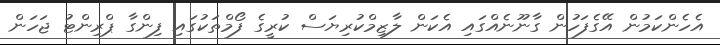
އެހެންކަމުން އޭގެފަހުން ގާނޫނެއްގައި އެކަން ލާޒިމްކުރިޔަސް ކުރީގެ ފޯމްތަކުގައި ފިންގާ ޕްރިންޓު ޖަހަން